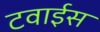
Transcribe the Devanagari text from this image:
टवाईस